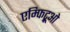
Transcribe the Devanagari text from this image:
एम्फिट्रूओ